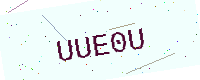
Text: UUE0U